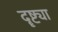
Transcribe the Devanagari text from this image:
दॄष्ट्या